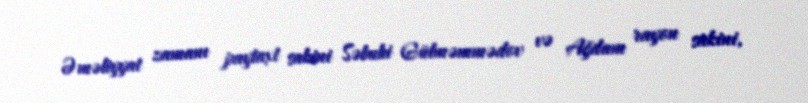
Əməliyyat zamanı paytaxt sakini Səbuhi Gülməmmədov və Ağdam rayon sakini,